Annual report on the working of the mental hospitals in the Madras Presidency - 1912-1932
Year: 1912
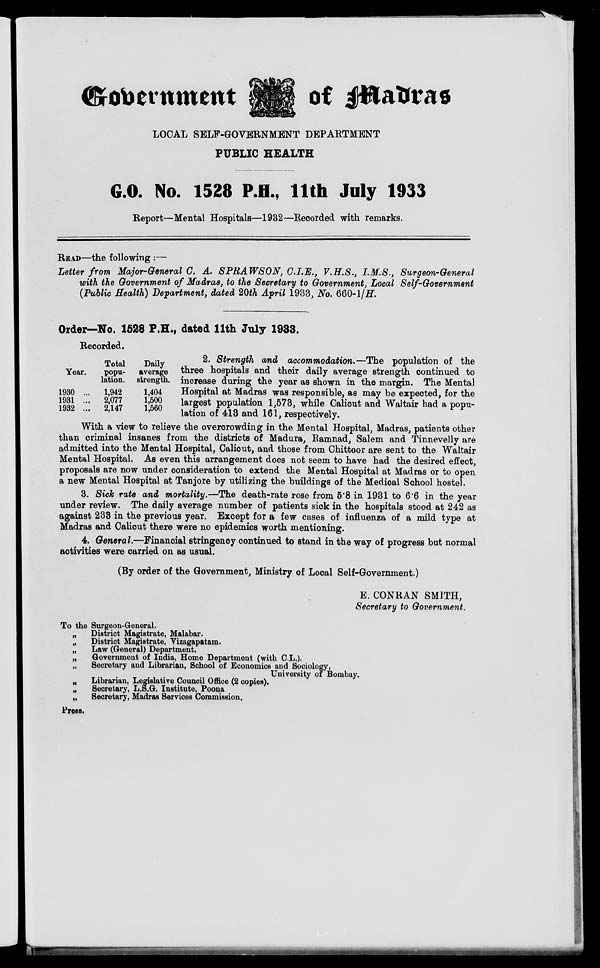
Government
of Madras
LOCAL SELF-GOVERNMENT DEPARTMENT
PUBLIC HEALTH
G.O. No. 1528 P.H., 11th July 1933
Report—Mental Hospitals—1932—Recorded with remarks.
READ—the following :—
Letter from Major-General C. A. SPRAWSON, C.I.E., V.H.S., I.M.S., Surgeon-General
with the Government of Madras, to the Secretary to Government, Local Self-Government
(Public Health) Department, dated 20th April 1933, No. 660-1/H.
Order—No. 1528 P.H., dated 11th July 1933.
Recorded.
Year.
1930 ...
1931 ...
1932 ...
Total
popu-
lation.
1,942
2,077
2,147
Daily
average
strength.
1,404
1,500
1,560
2. Strength and accommodation.—The population of the
three hospitals and their daily average strength continued to
increase during the year as shown in the margin. The Mental
Hospital at Madras was responsible, as may be expected, for the
largest population 1,573, while Calicut and Waltair had a popu-
lation of 413 and 161, respectively.
With a view to relieve the overcrowding in the Mental Hospital, Madras, patients other
than criminal insanes from the districts of Madura, Ramnad, Salem and Tinnevelly are
admitted into the Mental Hospital, Calicut, and those from Chittoor are sent to the Waltair
Mental Hospital. As even this arrangement does not seem to have had the desired effect,
proposals are now under consideration to extend the Mental Hospital at Madras or to open
a new Mental Hospital at Tanjore by utilizing the buildings of the Medical School hostel.
3. Sick rate and mortality.—The death-rate rose from 5.8 in 1931 to 6.6 in the year
under review. The daily average number of patients sick in the hospitals stood at 242 as
against 233 in the previous year. Except for a few cases of influenza of a mild type at
Madras and Calicut there were no epidemics worth mentioning.
4. General.—Financial stringency continued to stand in the way of progress but normal
activities were carried on as usual.
(By order of the Government, Ministry of Local Self-Government.)
E. CONRAN SMITH,
Secretary to Government.
To the Surgeon-General.
„
District Magistrate, Malabar.
„
District Magistrate, Vizagapatam.
„
Law (General) Department.
„
Government of India, Home Department (with C.L.).
„
Secretary and Librarian, School of Economies and Sociology,
University of Bombay.
„
Librarian, Legislative Council Office (2 copies).
„
Secretary, L.S.G. Institute, Poona
„
Secretary, Madras Services Commission.
Press.